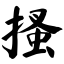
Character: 搔